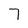
Character: 7